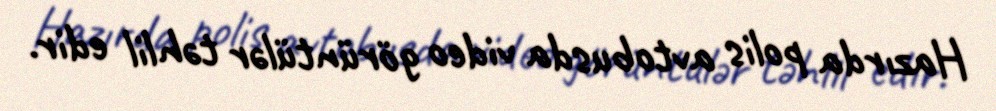
Hazırda polis avtobusda video görüntülər təhlil edir.